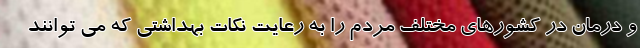
و درمان در کشورهای مختلف مردم را به رعایت نکات بهداشتی که می توانند